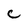
Character: C